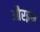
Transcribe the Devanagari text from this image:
औरइन